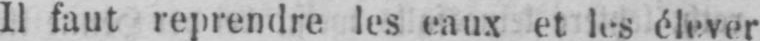
Il faut reprendre les eaux et les élever